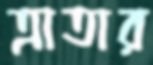
ত্রাতার